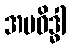
အပဝိဒ္ဓါ